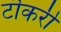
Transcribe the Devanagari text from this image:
टॊकरी